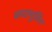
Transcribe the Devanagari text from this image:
कास्पुतिन